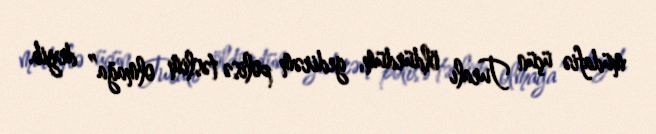
müdafiə üçün Turalı öldürdüm, gedirəm polisə təslim olmağa” deyib.